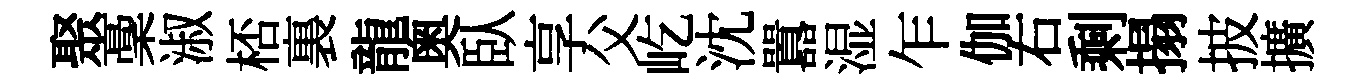
聚稾淑桮裏龍奥臥享父屹沈囂湿乍伽右剩搨披擴